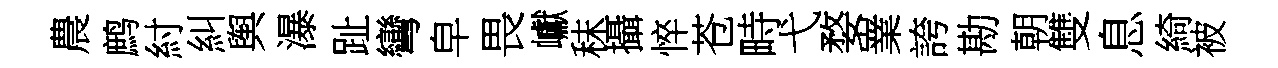
農鹧紂糾舆瀑趾彎皁畏巘秣攝悴苍畤弋婺嶪誇勘朝雙息綺被